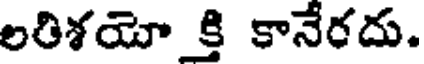
లరిశయో క్తి కానేరదు.